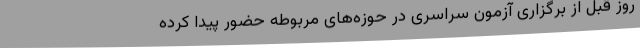
روز قبل از برگزاری آزمون سراسری در حوزه‌های مربوطه حضور پیدا کرده